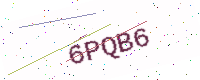
Text: 6PQB6